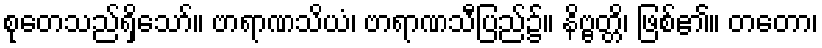
စုတေသည်ရှိသော်။ ဗာရာဏသိယံ၊ ဗာရာဏသီပြည်၌။ နိဗ္ဗတ္တိ၊ ဖြစ်၏။ တတော၊